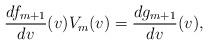
LaTeX: \begin{align*} \frac{df_{m+1}}{dv}(v)V_m(v)=\frac{dg_{m+1}}{dv}(v),\end{align*}